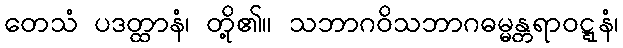
တေသံ ပဒတ္ထာနံ၊ တို့၏။ သဘာဂဝိသဘာဂဓမ္မန္တရာဝဋ္ဋနံ၊